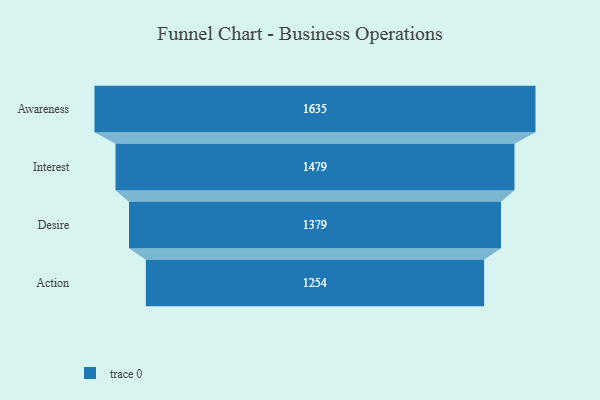
{"axis": {"x": "Stage", "y": "Value"}, "legend": [""], "data": [{"x": "Awareness", "y": 1635.0, "type": ""}, {"x": "Interest", "y": 1479.0, "type": ""}, {"x": "Desire", "y": 1379.0, "type": ""}, {"x": "Action", "y": 1254.0, "type": ""}]}